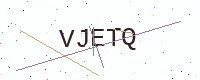
Text: VJETQ